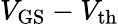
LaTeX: V_{\mathrm{GS}}-V_{\mathrm{th}}